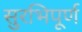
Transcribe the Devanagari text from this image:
सुरभिपूर्ण